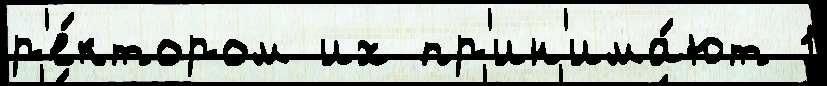
р'е́ктором их пр'ин'има́ют 1